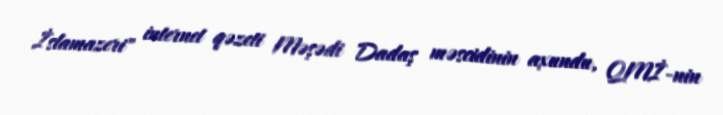
İslamazeri" internet qəzeti Məşədi Dadaş məscidinin axundu, QMİ-nin